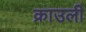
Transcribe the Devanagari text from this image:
क्राउली